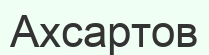
Ахсартов